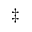
^ { \ddagger }